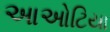
આઓટિયા